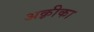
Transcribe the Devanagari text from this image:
अक़्रीका